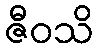
ဇီဝသိ